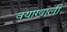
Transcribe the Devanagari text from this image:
वयाखाली